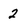
Character: 2